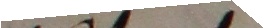
befagt. Als Hanns Loutoenbergerd geholte,